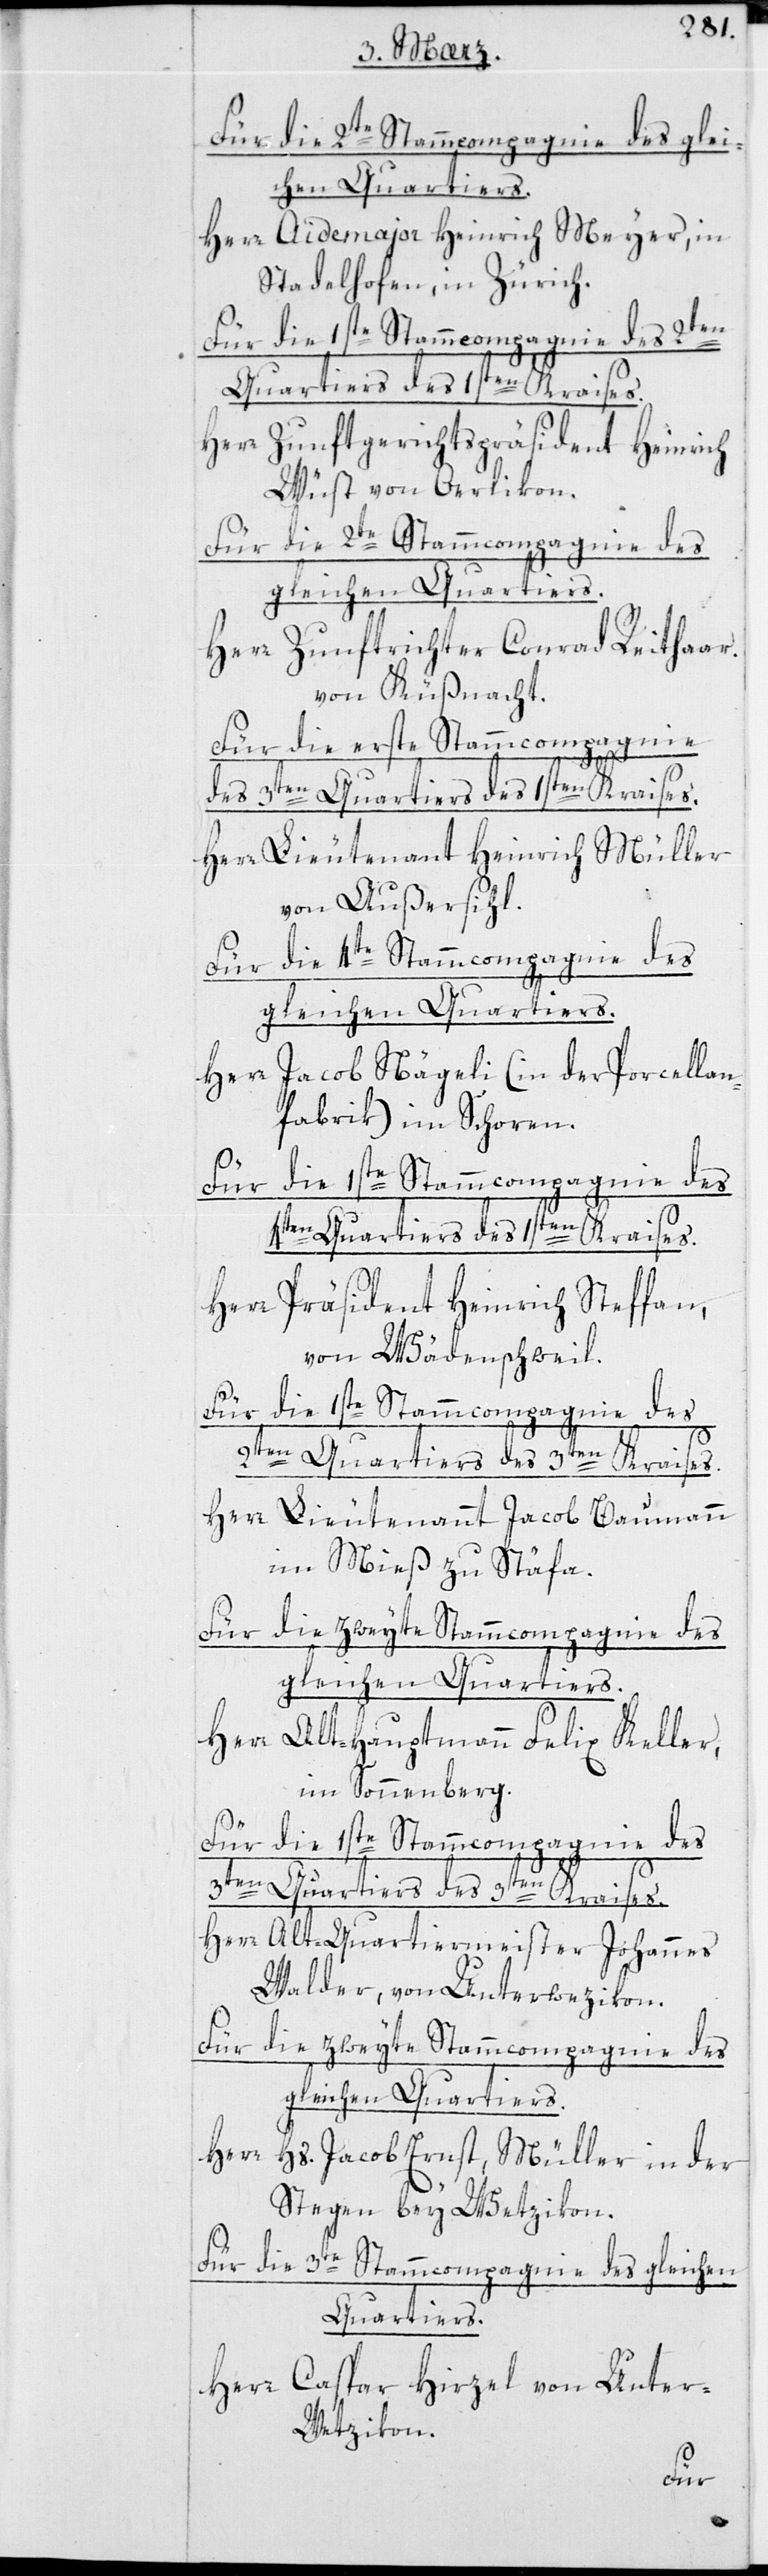
Herr Aidemajor Heinrich Meyer, in
Stadelhofen, in Zürich.
Herr Zunftgerichtspräsident Heinrich
Wüst von Oerlikon.
gleichen Quartiers.
Herr Zunftrichter Conrad Reithaar
von Küßnacht.
Für die erste Stammcompagnie
des 3ten Quartiers des 1sten Kraises.
Herr Lieutenant Heinrich Müller
von Außersihl.
Für die 3te Stammcompagnie des
gleichen Quartiers.
Herr Jacob Nägeli (in der Porcellan¬
fabrik) im Schoren.
3ten Quartiers des 3ten Kraises.
Herr Präsident Heinrich Steffan,
von Wädenschweil.
Herr Lieutenant Jacob Baumann,
im Mieß zu Stäfa.
Für die zweyte Stammcompagnie des
gleichen Quartiers.
Herr Alt-Hauptmann Felix Keller,
im Sonnenberg.
Für die 1ste Stammcompagnie des
Herr Alt-Quartiermeister Johannes
Walder, von Unterwetzikon.
Herr
Hs. Jacob Ernst, Müller in der
Stegen, bey Wetzikon.
Herr Caspar Hirzel von Unter¬
wetzikon.